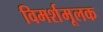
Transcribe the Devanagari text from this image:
विमर्शमूलक